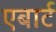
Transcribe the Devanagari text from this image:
एबार्ट